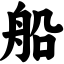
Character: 船